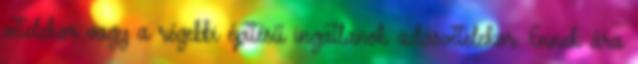
vételekor vagy a régebbi építésű ingatlanok adásvételekor. Ennek ára